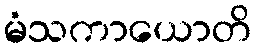
မံသကာယောတိ